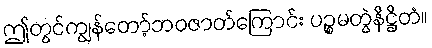
ဤတွင်ကျွန်တော့်ဘဝဇာတ်ကြောင်း ပဉ္စမတွဲနိဋ္ဌိတံ။